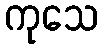
ကုသေ